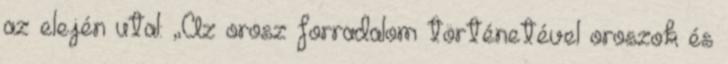
az elején utal: „Az orosz forradalom történetével oroszok és